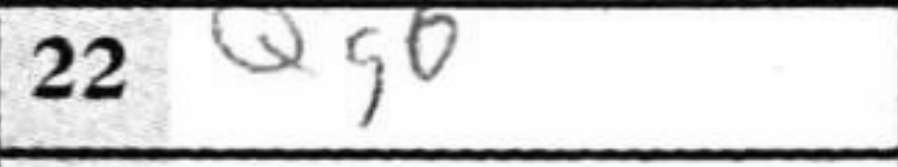
Transcription: Qg6